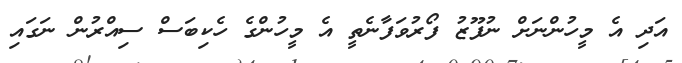
އަދި އެ މީހުންނަށް ނުފޫޒު ފޯރުވަފާނެތީ އެ މީހުންގެ ހެކިބަސް ސިއްރުން ނަގައި